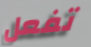
تفعل